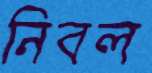
নিবল